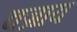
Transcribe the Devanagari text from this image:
वज्राय